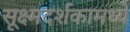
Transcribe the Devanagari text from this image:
सूक्ष्मदर्शकामध्ये